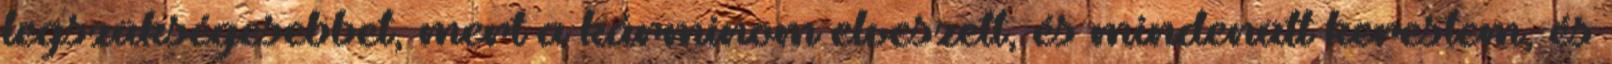
legszükségesebbet, mert a kárminom elveszett, és mindenütt kerestem, és